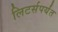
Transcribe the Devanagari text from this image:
लिटर्सपर्यंत